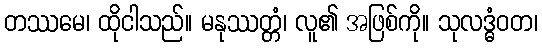
တဿမေ၊ ထိုငါသည်။ မနုဿတ္တံ၊ လူ၏ အဖြစ်ကို။ သုလဒ္ဓံဝတ၊